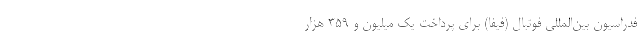
فدراسیون بین‌المللی فوتبال (فیفا) برای پرداخت یک میلیون و ۳۵۹ هزار